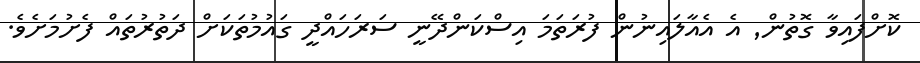
ކޮށްފައިވާ ގޮތުން